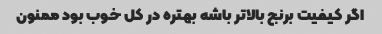
اگر کیفیت برنج بالاتر باشه بهتره در کل خوب بود ممنون